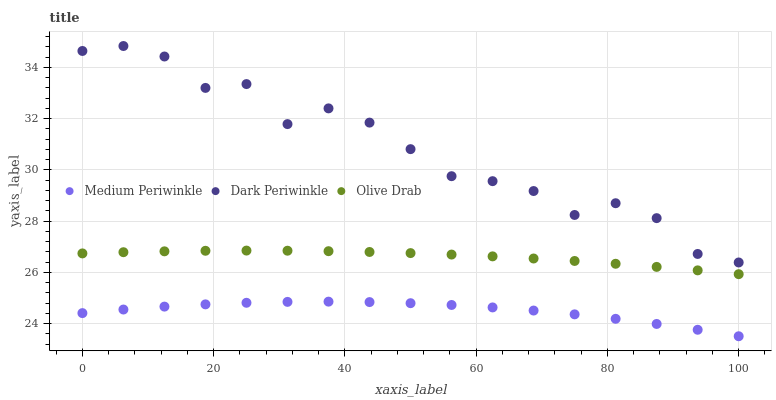
| xaxis_label | Medium Periwinkle | Dark Periwinkle | Olive Drab |
 | --- | --- | --- | --- |
 | 0 | 24.4 | 34.6 | 26.7 |
 | 6.25 | 24.5 | 34.8 | 26.8 |
 | 12.5 | 24.7 | 34.4 | 26.8 |
 | 18.8 | 24.8 | 33.2 | 26.8 |
 | 25 | 24.8 | 33.3 | 26.9 |
 | 31.2 | 24.8 | 31.8 | 26.8 |
 | 37.5 | 24.9 | 32.4 | 26.8 |
 | 43.8 | 24.8 | 31.8 | 26.8 |
 | 50 | 24.8 | 30.8 | 26.8 |
 | 56.2 | 24.7 | 29.8 | 26.7 |
 | 62.5 | 24.6 | 29.6 | 26.6 |
 | 68.8 | 24.5 | 29.2 | 26.5 |
 | 75 | 24.4 | 28.2 | 26.4 |
 | 81.2 | 24.2 | 28.7 | 26.3 |
 | 87.5 | 24 | 28.1 | 26.2 |
 | 93.8 | 23.8 | 26.7 | 26.1 |
 | 100 | 23.5 | 26.4 | 25.9 |